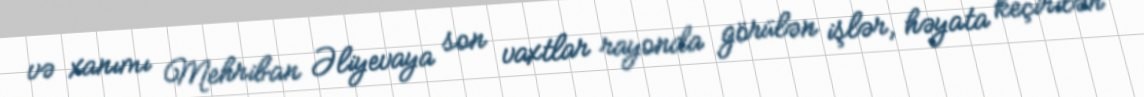
və xanımı Mehriban Əliyevaya son vaxtlar rayonda görülən işlər, həyata keçirilən